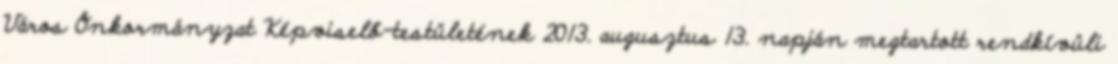
Város Önkormányzat Képviselő-testületének 2013. augusztus 13. napján megtartott rendkívüli